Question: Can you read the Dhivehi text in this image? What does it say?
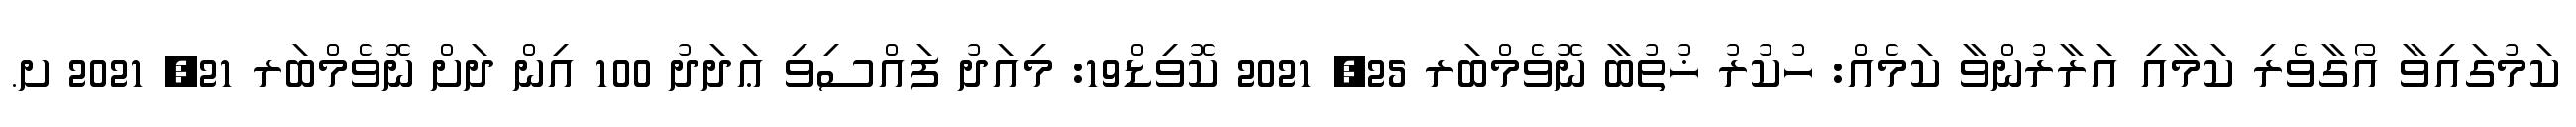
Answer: ކަމުގައިވާ އޯގާވެރި ކަމާއި އަރާރުންވާ ކަމެއް: ހުކުރު ޚުތުބާ ނޮވެމްބަރ 25, 2021 ކޮވިޑް19: މިއަދު ފައްސިވި ޢަދަދު 100 އިން ދަށް ނޮވެމްބަރ 21, 2021 ށ.